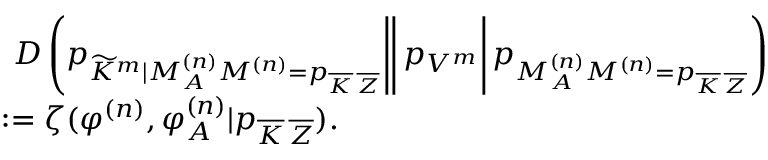
\begin{array} { r l } & { \left. \left. \left. D \left( p _ { \widetilde { K } ^ { m } | M _ { { \cal A } } ^ { ( n ) } M ^ { ( n ) } = p _ { \overline { { K } } \, \overline { { Z } } } } \right| \right| p _ { V ^ { m } } \right| p _ { M _ { \cal A } ^ { ( n ) } M ^ { ( n ) } = p _ { \overline { { K } } \, \overline { { Z } } } } \right) } \\ & { : = \zeta ( \varphi ^ { ( n ) } , \varphi _ { \cal A } ^ { ( n ) } | p _ { \overline { { K } } \, \overline { { Z } } } ) . } \end{array}